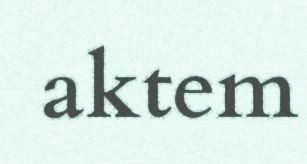
aktem